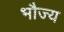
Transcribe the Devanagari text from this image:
भौज्य